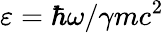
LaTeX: \varepsilon=\hbar\omega/\gamma mc^{2}